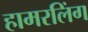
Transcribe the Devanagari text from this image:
हामरलिंग